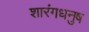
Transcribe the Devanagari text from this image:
शारंगधनुष